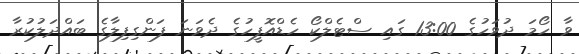
ވާ ހޯމަ ދުވަހުގެ 13:00 ގައި ސްޓެލްކޯ ހެޑްއޮފީހުގެ ދެވަނަ ފަންގިފިލާގެ ބައްދަލުކުރާ